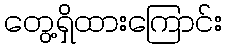
တွေ့ရှိထားကြောင်း